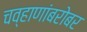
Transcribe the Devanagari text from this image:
चव्हाणांबरोबर